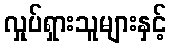
လှုပ်ရှားသူများနှင့်